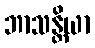
ဘာသန္တိယာ